Annual administration report of the Civil Veterinary Department of India - 1892-1893
Year: 1892
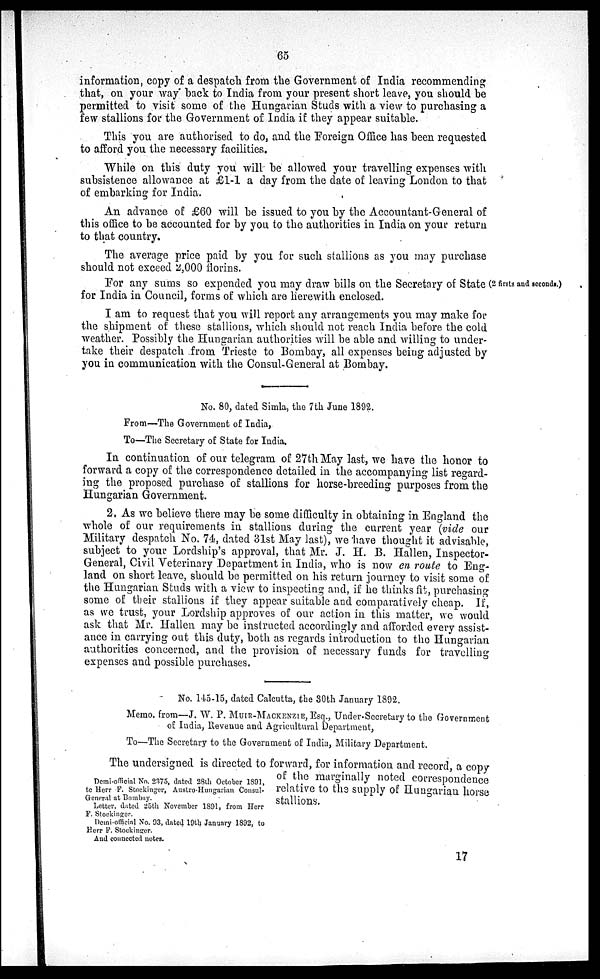
65
information, copy of a despatch from the Government of India recommending
that, on your way back to India from your present short leave, you should be
permitted to visit some of the Hungarian Studs with a view to purchasing a
few stallions for the Government of India if they appear suitable.
This you are authorised to do, and the Foreign Office has been requested
to afford you the necessary facilities.
While on this duty you will be allowed your travelling expenses with
subsistence allowance at £1-1 a day from the date of leaving London to that
of embarking for India.
An advance of £60 will be issued to you by the Accountant-General of
this office to be accounted for by you to the authorities in India on your return
to that country.
The average price paid by you for such stallions as you may purchase
should not exceed 2,000 florins.
(2 firsts and seconds.)
For any sums so expended you may draw bills on the Secretary of State
for India in Council, forms of which are herewith enclosed.
I am to request that you will report any arrangements you may make for
the shipment of these stallions, which should not reach India before the cold
weather. Possibly the Hungarian authorities will be able and willing to under-
take their despatch from Trieste to Bombay, all expenses being adjusted by
you in communication with the Consul-General at Bombay.
No. 80, dated Simla, the 7th June 1892.
From—The Government of India,
To—The Secretary of State for India.
In continuation of our telegram of 27th May last, we have the honor to
forward a copy of the correspondence detailed in the accompanying list regard-
ing the proposed purchase of stallions for horse-breeding purposes from the
Hungarian Government.
2. As we believe there may be some difficulty in obtaining in England the
whole of our requirements in stallions during the current year (vide our
Military despatch No. 74, dated 31st May last), we have thought it advisable,
subject to your Lordship's approval, that Mr. J. H. B. Hallen, Inspector-
General, Civil Veterinary Department in India, who is now en route to Eng-
land on short leave, should be permitted on his return journey to visit some of
the Hungarian Studs with a view to inspecting and, if he thinks fit, purchasing
some of their stallions if they appear suitable and comparatively cheap. If,
as we trust, your Lordship approves of our action in this matter, we would
ask that Mr. Hallen may be instructed accordingly and afforded every assist-
ance in carrying out this duty, both as regards introduction to the Hungarian
authorities concerned, and the provision of necessary funds for travelling
expenses and possible purchases.
No. 145-15, dated Calcutta, the 30th January 1892.
Memo. from—J. W. P. MUIR-MACKENZIE, Esq., Under-Secretary to the Government
of India, Revenue and Agricultural Department,
To—The Secretary to the Government of India, Military Department.
Demi-official No. 2375, dated 28th October 1891,
to Herr F. Stockinger, Austro-Hungarian Consul-
General at Bombay.
Letter, dated 25th November 1891, from Herr
F. Stockinger.
Demi-official No. 93, dated 19th January 1892, to
Herr F. Stockinger.
And connected notes.
The undersigned is directed to forward, for information and record, a copy
of the marginally noted correspondence
relative to the supply of Hungarian horse
stallions.
17